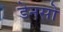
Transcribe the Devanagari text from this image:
डेनसो